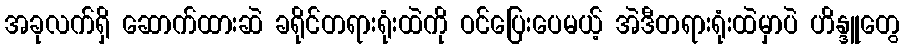
အခုလက်ရှိ ဆောက်ထားဆဲ ခရိုင်တရားရုံးထဲကို ဝင်ပြေးပေမယ့် အဲဒီတရားရုံးထဲမှာပဲ ဟိန္ဒူတွေ